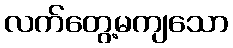
လက်တွေ့မကျသော